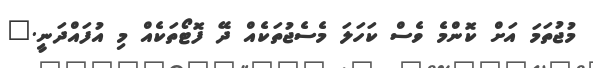
މުޖުތަމަ އަށް ކޮންމެ ވެސް ކަހަލަ މެސެޖުތަކެއް ދޭ ފޮޓޯތަކެއް މި އުފައްދަނީ."